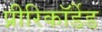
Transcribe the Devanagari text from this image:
प्रीरिकॉर्डेड